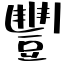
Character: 豐